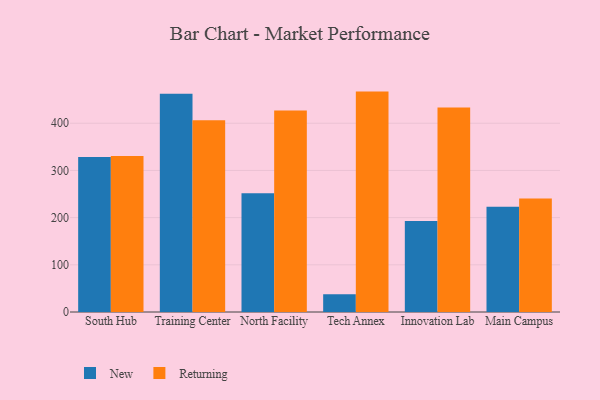
{"axis": {"x": "Campus", "y": "Churn Rate (%)"}, "legend": ["New", "Returning"], "data": [{"x": "South Hub", "y": 328.6, "type": "New"}, {"x": "South Hub", "y": 330.8, "type": "Returning"}, {"x": "Training Center", "y": 462.8, "type": "New"}, {"x": "Training Center", "y": 406.5, "type": "Returning"}, {"x": "North Facility", "y": 251.7, "type": "New"}, {"x": "North Facility", "y": 427.3, "type": "Returning"}, {"x": "Tech Annex", "y": 37.5, "type": "New"}, {"x": "Tech Annex", "y": 467.1, "type": "Returning"}, {"x": "Innovation Lab", "y": 193.0, "type": "New"}, {"x": "Innovation Lab", "y": 433.3, "type": "Returning"}, {"x": "Main Campus", "y": 223.1, "type": "New"}, {"x": "Main Campus", "y": 240.5, "type": "Returning"}]}